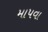
માપવા